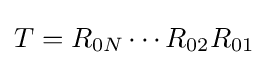
T=R_{0N}\cdots R_{02}R_{01}